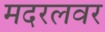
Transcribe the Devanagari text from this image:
मदरलवर